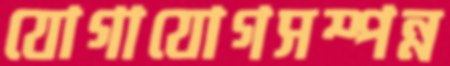
যোগাযোগসম্পন্ন